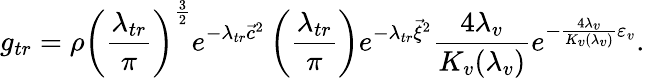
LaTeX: g_{tr}=\rho\left(\frac{\lambda_{tr}}{\pi}\right)^{\frac{3}{2}}e^{-\lambda_{tr}{\vec{c}}^{2}}\left(\frac{\lambda_{tr}}{\pi}\right)e^{-\lambda_{tr}{\vec{\xi}}^{2}}\frac{4\lambda_{v}}{K_{v}(\lambda_{v})}e^{-\frac{4\lambda_{v}}{K_{v}(\lambda_{v})}\varepsilon_{v}}.